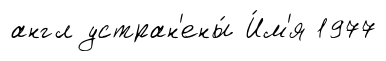
англ устран'ены́ И́м'я 1977